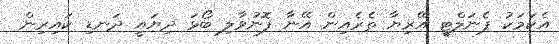
އެކަމަކު ޕެނަލްޓީ އޭރިޔާ ތެރެއިން އޭނާ ފޮނުވާލި ބޯޅަ ދިޔައީ ދަނޑި ކައިރިން